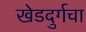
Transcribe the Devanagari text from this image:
खेडदुर्गचा